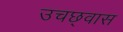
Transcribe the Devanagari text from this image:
उचछ्वास